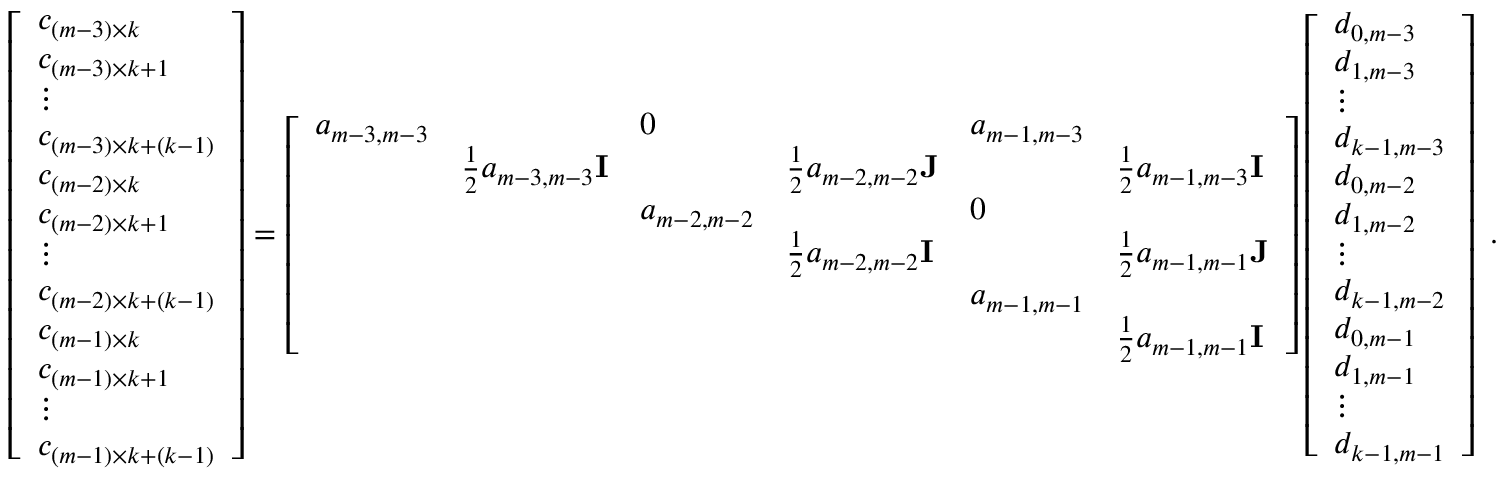
\begin{array} { r } { \left[ \begin{array} { l } { c _ { ( m - 3 ) \times k } } \\ { c _ { ( m - 3 ) \times k + 1 } } \\ { \vdots } \\ { c _ { ( m - 3 ) \times k + ( k - 1 ) } } \\ { c _ { ( m - 2 ) \times k } } \\ { c _ { ( m - 2 ) \times k + 1 } } \\ { \vdots } \\ { c _ { ( m - 2 ) \times k + ( k - 1 ) } } \\ { c _ { ( m - 1 ) \times k } } \\ { c _ { ( m - 1 ) \times k + 1 } } \\ { \vdots } \\ { c _ { ( m - 1 ) \times k + ( k - 1 ) } } \end{array} \right] = \left[ \begin{array} { l l l l l l } { a _ { m - 3 , m - 3 } } & & { 0 } & & { a _ { m - 1 , m - 3 } } & \\ & { \frac { 1 } { 2 } a _ { m - 3 , m - 3 } { \bf I } } & & { \frac { 1 } { 2 } a _ { m - 2 , m - 2 } { \bf J } } & & { \frac { 1 } { 2 } a _ { m - 1 , m - 3 } { \bf I } } \\ & & { a _ { m - 2 , m - 2 } } & & { 0 } & \\ & & & { \frac { 1 } { 2 } a _ { m - 2 , m - 2 } { \bf I } } & & { \frac { 1 } { 2 } a _ { m - 1 , m - 1 } { \bf J } } \\ & & & & { a _ { m - 1 , m - 1 } } & \\ & & & & & { \frac { 1 } { 2 } a _ { m - 1 , m - 1 } { \bf I } } \end{array} \right] \left[ \begin{array} { l } { d _ { 0 , m - 3 } } \\ { d _ { 1 , m - 3 } } \\ { \vdots } \\ { d _ { k - 1 , m - 3 } } \\ { d _ { 0 , m - 2 } } \\ { d _ { 1 , m - 2 } } \\ { \vdots } \\ { d _ { k - 1 , m - 2 } } \\ { d _ { 0 , m - 1 } } \\ { d _ { 1 , m - 1 } } \\ { \vdots } \\ { d _ { k - 1 , m - 1 } } \end{array} \right] \; . } \end{array}